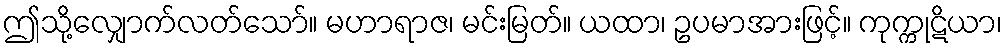
ဤသို့လျှောက်လတ်သော်။ မဟာရာဇ၊ မင်းမြတ်။ ယထာ၊ ဥပမာအားဖြင့်။ ကုက္ကုဋိယာ၊